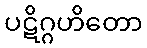
ပဋိဂ္ဂဟိတော